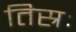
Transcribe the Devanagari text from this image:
तिस्रः